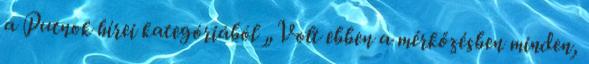
a Putnok hírei kategóriából „Volt ebben a mérkőzésben minden,